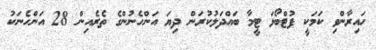
ހައިރާންވި ކަމަކީ ފުޓްބޯޅަ ޓީމާ ބައްދަލުކުރަން ދިޔަ އަންހެނުންގެ ތެރެއިން 28 އަންހެނަކު